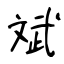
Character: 斌